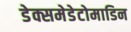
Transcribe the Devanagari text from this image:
डेक्समेडेटोमाडिन